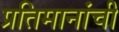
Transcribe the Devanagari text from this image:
प्रतिमानांची